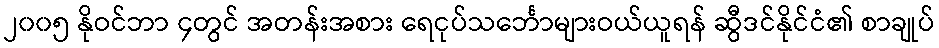
၂၀၀၅ နိုဝင်ဘာ ၄တွင် အတန်းအစား ရေငုပ်သင်္ဘောများဝယ်ယူရန် ဆွီဒင်နိုင်ငံ၏ စာချုပ်